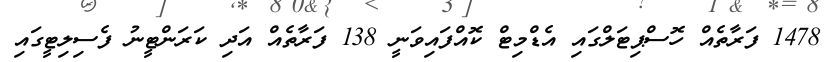
1478 ފަރާތެއް ހޮސްޕިޓަލްގައި އެޑްމިޓް ކޮއްފައިވަނީ 138 ފަރާތެއް އަދި ކަރަންޓީނު ފެސިލިޓީގައި